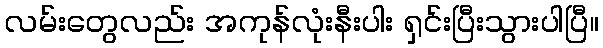
လမ်းတွေလည်း အကုန်လုံးနီးပါး ရှင်းပြီးသွားပါပြီ။